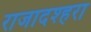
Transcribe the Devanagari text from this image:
राजादश्हरा